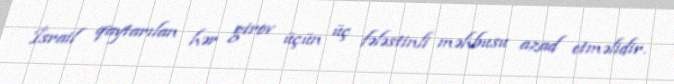
İsrail qaytarılan hər girov üçün üç fələstinli məhbusu azad etməlidir.